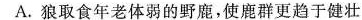
A. 狼取食年老体弱的野鹿，使鹿群更趋于健壮